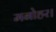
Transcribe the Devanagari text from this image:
मनोहर।